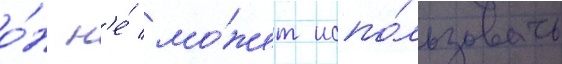
о́н н'е́ мо́жет испо́льзовать